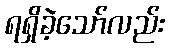
ရရှိခဲ့သော်လည်း